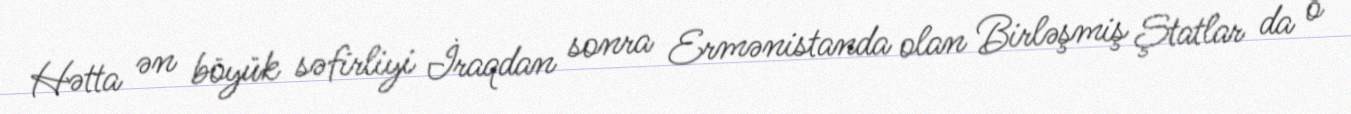
Hətta ən böyük səfirliyi İraqdan sonra Ermənistanda olan Birləşmiş Ştatlar da o